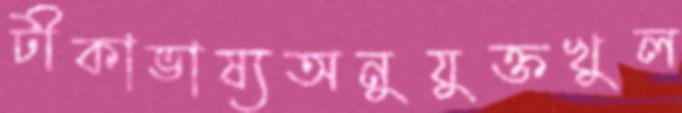
টীকাভাষ্যঅনুযুক্তখুল